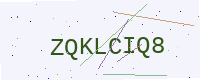
Text: ZQKLCIQ8